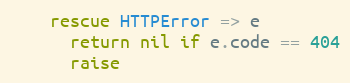
Language: Ruby
    rescue HTTPError => e
      return nil if e.code == 404
      raise